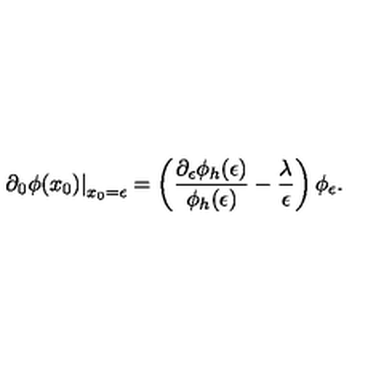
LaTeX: \left. \partial _ { 0 } \phi ( x _ { 0 } ) \right| _ { x _ { 0 } = \epsilon } = \left( { \frac { \partial _ { \epsilon } \phi _ { h } ( \epsilon ) } { \phi _ { h } ( \epsilon ) } } - { \frac { \lambda } { \epsilon } } \right) \phi _ { \epsilon } .